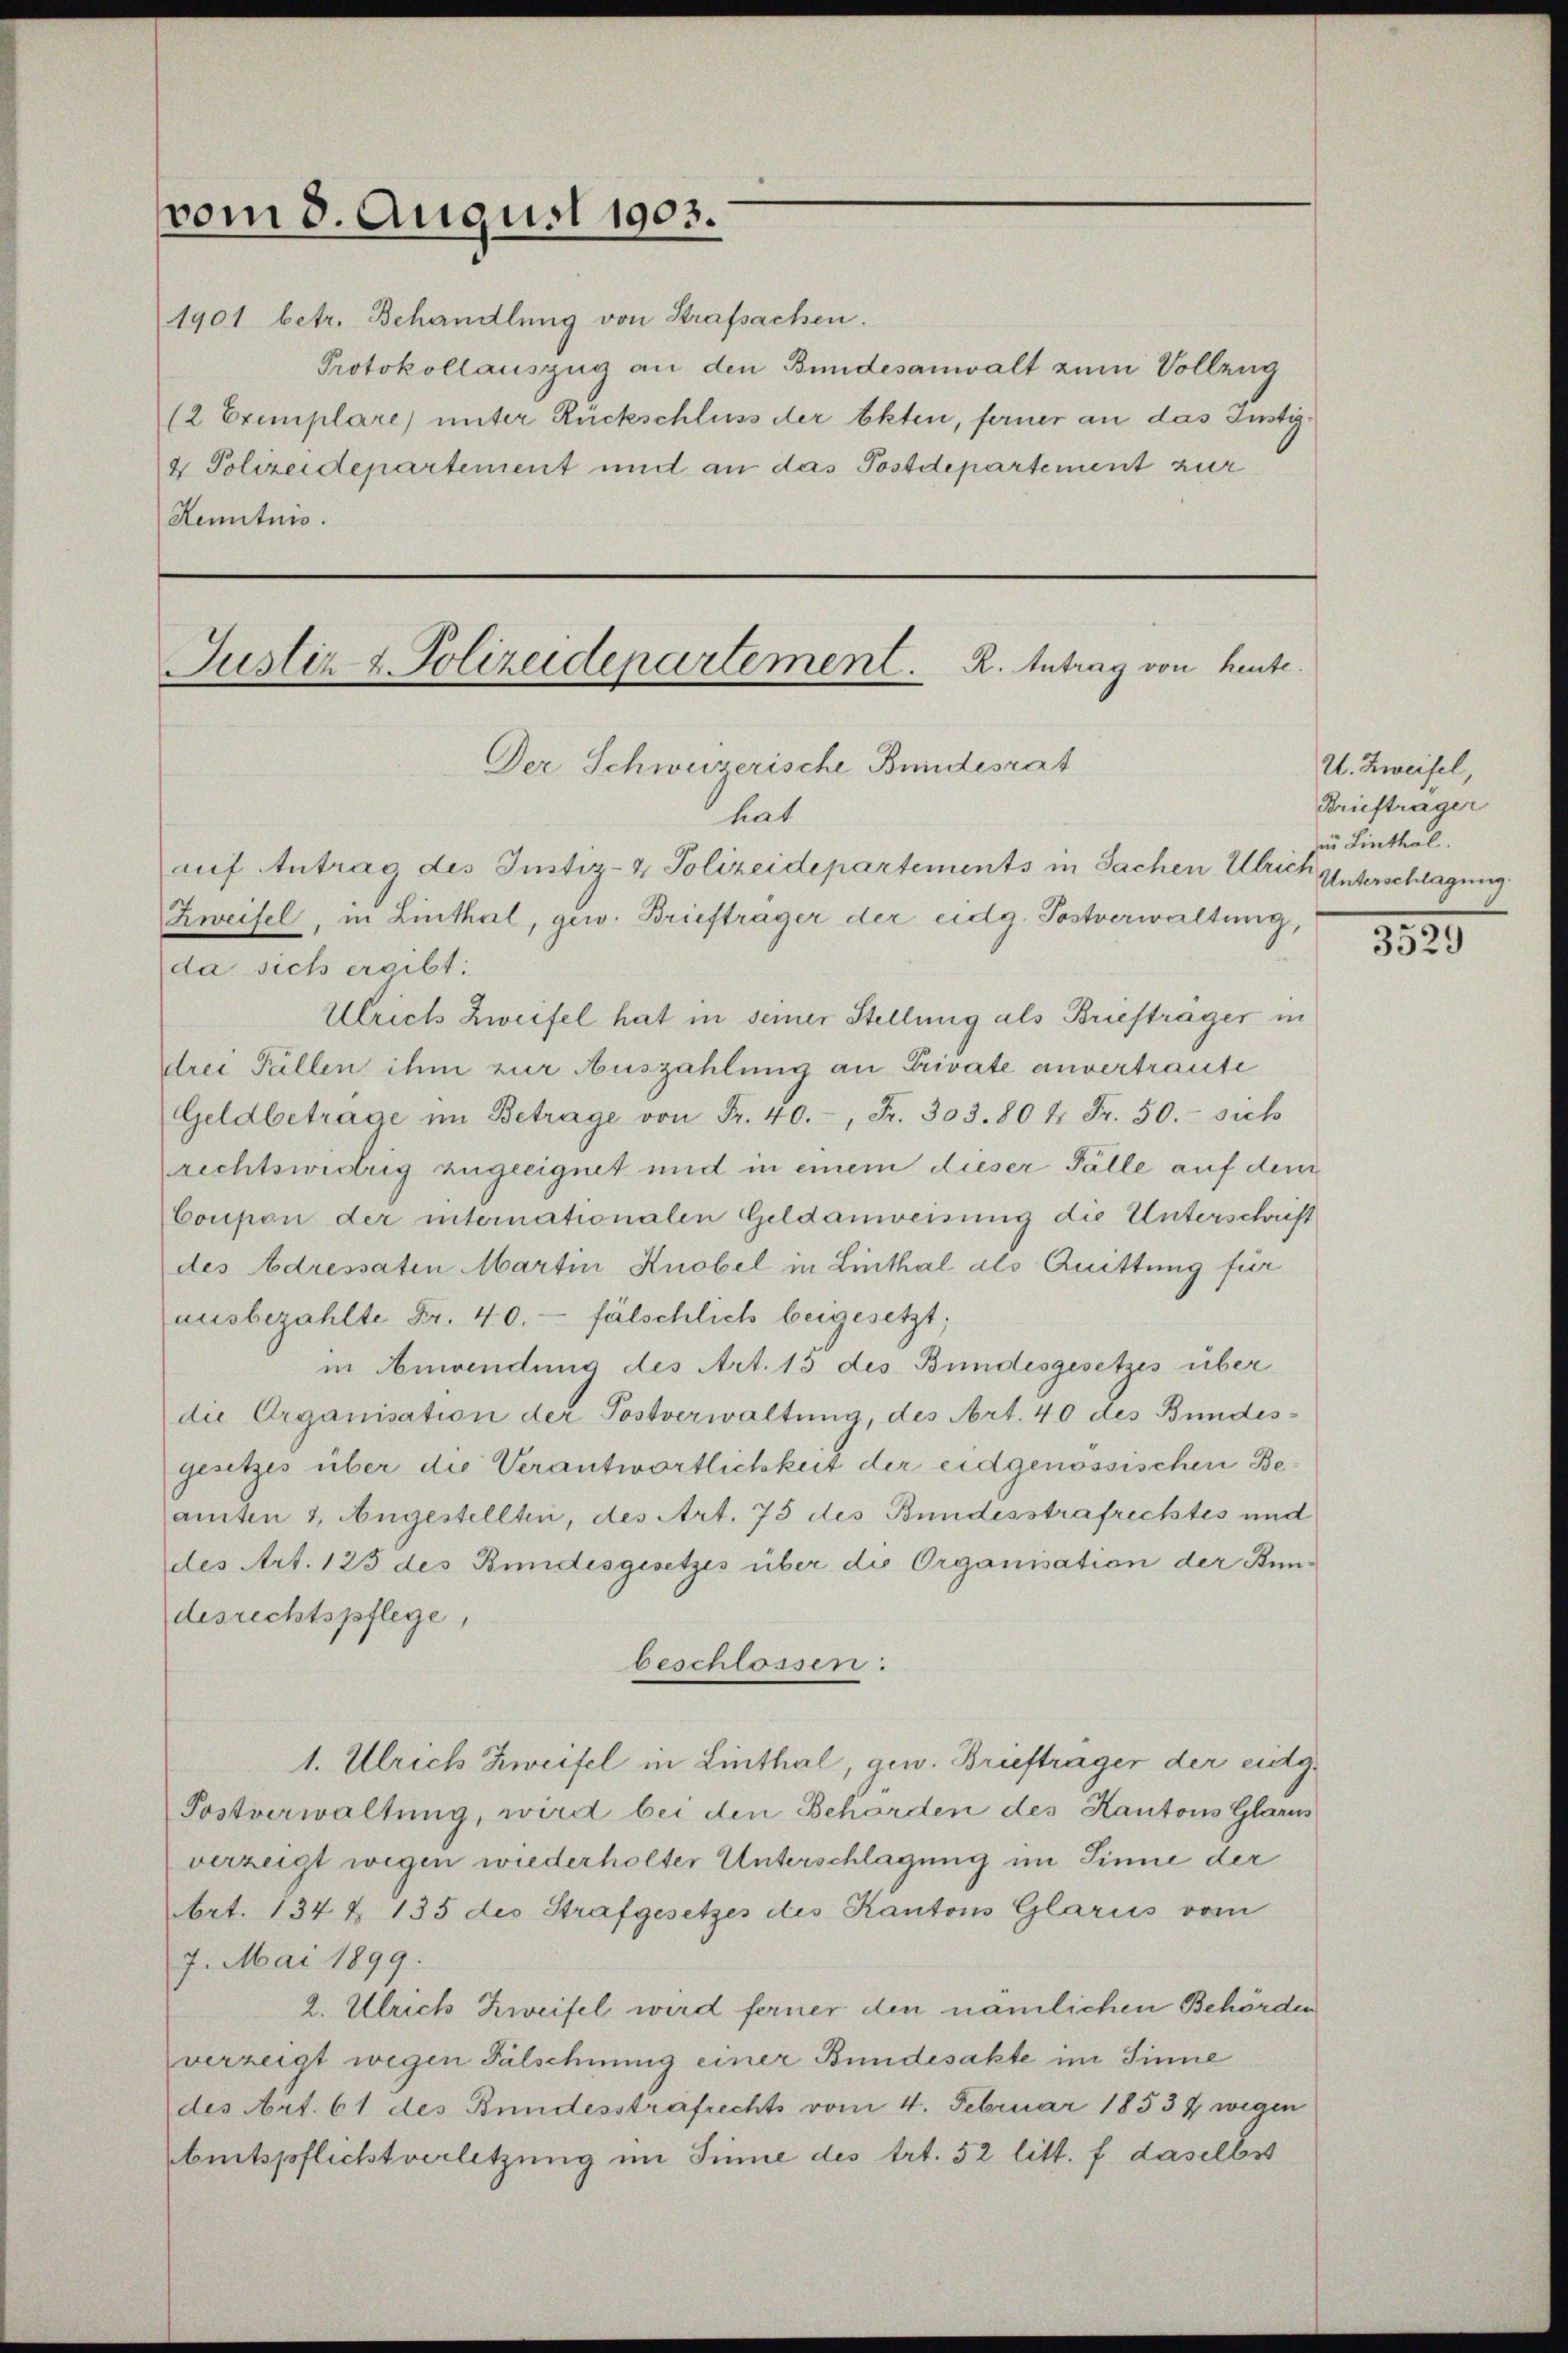
vom 3. August 1903.
1901 betr. Behandlung von Strafsachen.

Protokollauszug an den Bundesanwalt zum Vollzug
(2 Exemplare) unter Rückschluss der Akten, ferner an das Justi¬
4 Polizeidepartement und an das Postdepartement zur
Kenntnis.

Justiz & Polizeidepartement. R. Antrag von heute.
Der Schweizerische Bundesrat

hat
auf Antrag des Justiz- & Polizeidepartements in Sachen Ulrich
Zweifel, in Linthal, gew. Briefträger der eidg. Postverwaltung,
da sich ereibt:
Ulrich Zweifel hat in seiner Stellung als Briefträger in
drei Fällen ihm zur Auszahlung an Private anvertraute
Geldbetrage im Betrage von Fr. 40. Fr. 303. 80 4 Fr. 50.- sich
rechtswidrig zugeeignet und in einem dieser Fälle auf dem
Coupon der internationalen Geldanweisung die Unterschaft
des Adressaten Martin Knobel in Linthal als Quittung für
ausbezahlte Fr. 40. fälschlich beigesetzt;
in Anwendung des Art. 13 des Bundesgesetzes über
die Organisation der Postverwaltung, des Art. 40 des Bundes-
gesetzes über die Verantwortlichkeit der eidgenössischen Beamten 1. Angestellten, des Art. 75 des Bundesstrafrechtes und
des Art. 125 des Bundesgesetzes über die Organisation der Bundesrechtspflege,
beschlossen:
1. Ulrich Zweifel in Linthal, gew. Briefträger der eig¬
Postverwaltung, wird bei den Behörden des Kantons Glarus
verzeigt wegen wiederholter Unterschlagung im Sinne der
Art. 134 & 135 des Strafgesetzes des Kantons Glarus vom
7. Mai 1899.
2. Ulrich Zweifel wird ferner den nämlichen Behörden
verzeigt wegen Fälschnung einer Bundesakte im Sinne
des Art. 61 des Bundesstrafrechts vom 4. Februar 18537 wegen
beitspflichtverletzung im Sinne des trt. 52 litt. f. daselbst

U. Zweifel,
Briefträger
zir Linthal.
Unterschlagung.

3529